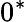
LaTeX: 0^{\ast}